Report of the Indian Hemp Drugs Commission, 1894-1895 - Volume IV
Year: 1894
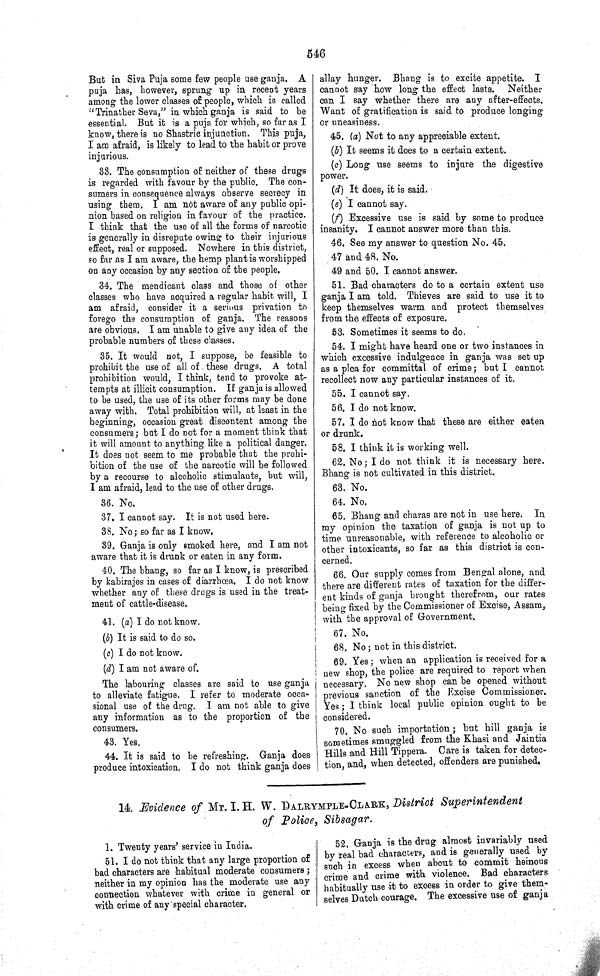
546
But in Siva Puja some few people use ganja. A
puja has, however, sprung up in recent years
among the lower classes of people, which is called
"Trinather Seva," in which ganja is said to be
essential. But it is a puja for which, so far as I
know, there is no Shastric injunction. This puja,
I am afraid, is likely to lead to the habit or prove
injurious.
33. The consumption of neither of these drugs
is regarded with favour by the public. The con-
sumers in consequence always observe secrecy in
using them. I am not aware of any public opi-
nion based on religion in favour of the practice.
I think that the use of all the forms of narcotic
is generally in disrepute owing to their injurious
effect, real or supposed. Nowhere in this district,
so far as I am aware, the hemp plant is worshipped
on any occasion by any section of the people.
34. The mendicant class and those of other
classes who have acquired a regular habit will, I
am afraid, consider it a serious privation to
forego the consumption of ganja. The reasons
are obvious. I am unable to give any idea of the
probable numbers of these classes.
35. It would not, I suppose, be feasible to
prohibit the use of all of these drugs. A total
prohibition would, I think, tend to provoke at-
tempts at illicit consumption. If ganja is allowed
to be used, the use of its other forms may be done
away with. Total prohibition will, at least in the
beginning, occasion great discontent among the
consumers; but I do not for a moment think that
it will amount to anything like a political danger.
It does not seem to me probable that the prohi-
bition of the use of the narcotic will be followed
by a recourse to alcoholic stimulants, but will,
I am afraid, lead to the use of other drugs.
36. No.
37. I cannot say. It is not used here.
38. No; so far as I know.
39. Ganja is only smoked here, and I am not
aware that it is drunk or eaten in any form.
40. The bhang, so far as I know, is prescribed
by kabirajes in cases of diarrhœa, I do not know
whether any of these drugs is used in the treat-
ment of cattle-disease.
41. (a) I do not know.
(b) It is said to do so.
(c) I do not know.
(d) I am not aware of.
The labouring classes are said to use ganja
to alleviate fatigue. I refer to moderate occa-
sional use of the drug. I am not able to give
any information as to the proportion of the
consumers.
43. Yes.
44. It is said to be refreshing. Ganja does
produce intoxication. I do not think ganja does
allay hunger. Bhang is to excite appetite. I
cannot say how long the effect lasts. Neither
can I say whether there are any after-effects.
Want of gratification is said to produce longing
or uneasiness.
45. (a) Not to any appreciable extent.
(b) It seems it does to a certain extent.
(c) Long use seems to injure the digestive
power.
(d) It does, it is said.
(e) I cannot say.
(f) Excessive use is said by some to produce
insanity. I cannot answer more than this.
46. See my answer to question No. 45.
47 and 48. No.
49 and 50. I cannot answer.
51. Bad characters do to a certain extent use
ganja I am told. Thieves are said to use it to
keep themselves warm and protect themselves
from the effects of exposure.
53. Sometimes it seems to do.
54. I might have heard one or two instances in
which excessive indulgence in ganja was set up
as a plea for committal of crime; but I cannot
recollect now any particular instances of it.
55. I cannot say.
56. I do not know.
57. I do not know that these are either eaten
or drunk.
58. I think it is working well.
62. No; I do not think it is necessary here.
Bhang is not cultivated in this district.
63. No.
64. No.
65. Bhang and charas are not in use here. In
my opinion the taxation of ganja is not up to
time unreasonable, with reference to alcoholic or
other intoxicants, so far as this district is con-
cerned.
66. Our supply comes from Bengal alone, and
there are different rates of taxation for the differ-
ent kinds of ganja brought therefrom, our rates
being fixed by the Commissioner of Excise, Assam,
with the approval of Government.
67. No.
68. No; not in this district.
69. Yes; when an application is received for a
new shop, the police are required to report when
necessary. No new shop can be opened without
previous sanction of the Excise Commissioner.
Yes; I think local public opinion ought to be
considered.
70. No such importation; but hill ganja is
sometimes smuggled from the Khasi and Jaintia
Hills and Hill Tippera. Care is taken for detec-
tion, and, when detected, offenders are punished.
14. Evidence of Mr. I. H. W. DALRYMPLE-CLARK, District Superintendent
of Police, Sibsagar.
1. Twenty years' service in India.
51. I do not think that any large proportion of
bad characters are habitual moderate consumers;
neither in my opinion has the moderate use any
connection whatever with crime in general or
with crime of any special character.
52. Ganja is the drug almost invariably used
by real bad characters, and is generally used by
such in excess when about to commit heinous
crime and crime with violence. Bad characters
habitually use it to excess in order to give them-
selves Dutch courage. The excessive use of ganja